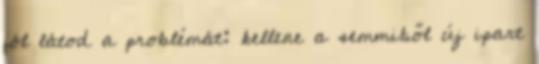
jól látod a problémát: kellene a semmiből új ipart